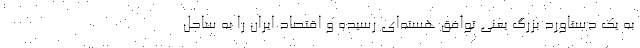
به یک دستاورد بزرگ یعنی توافق هسته‌ای رسیده و اقتصاد ایران را به ساحل